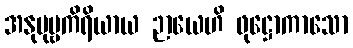
အနုပုဗ္ဗကိရိယာယ ဉာယေဟိ ဖုဋ္ဌောကာသော